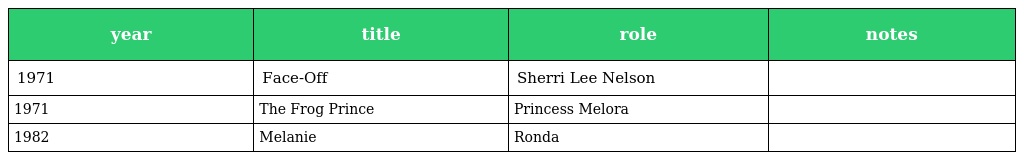
| year | title | role | notes |
 | --- | --- | --- | --- |
 | 1971 | Face-Off | Sherri Lee Nelson |  |
 | 1971 | The Frog Prince | Princess Melora |  |
 | 1982 | Melanie | Ronda |  |